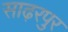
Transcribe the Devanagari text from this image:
साढ़रपुर